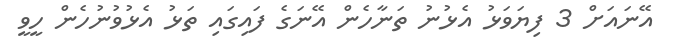
އޭނައަށް 3 ފިޔަވަޅު އެޅުނު ތަނާހެން އޭނަގެ ފައިގައި ތަޅު އެޅުވުނުހެން ހީވީ